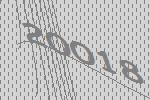
20018